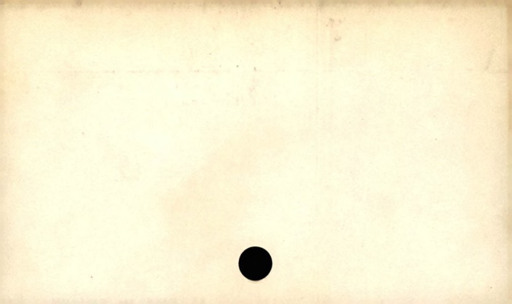
Label: divider